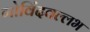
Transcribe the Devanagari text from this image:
गोविंदवल्लभ